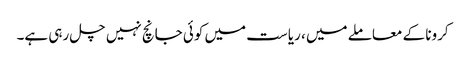
کرونا کے معاملے میں ، ریاست میں کوئی جانچ نہیں چل رہی ہے۔